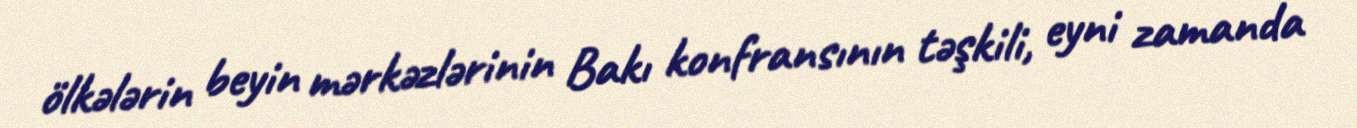
ölkələrin beyin mərkəzlərinin Bakı konfransının təşkili, eyni zamanda